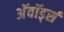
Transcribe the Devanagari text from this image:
अॅवॉर्ड्स